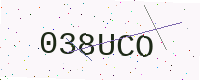
Text: 038UCO